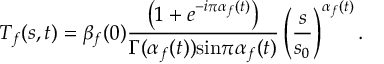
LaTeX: { T } _ { f } ( s , t ) = { \beta } _ { f } ( 0 ) { \frac { \left( 1 + { e } ^ { - i \pi { \alpha } _ { f } ( t ) } \right) } { \Gamma ( { \alpha } _ { f } ( t ) ) \mathrm { s i n } \pi { \alpha } _ { f } ( t ) } } \left( { { \frac { s } { { s } _ { 0 } } } } \right) ^ { { \alpha } _ { f } ( t ) } .